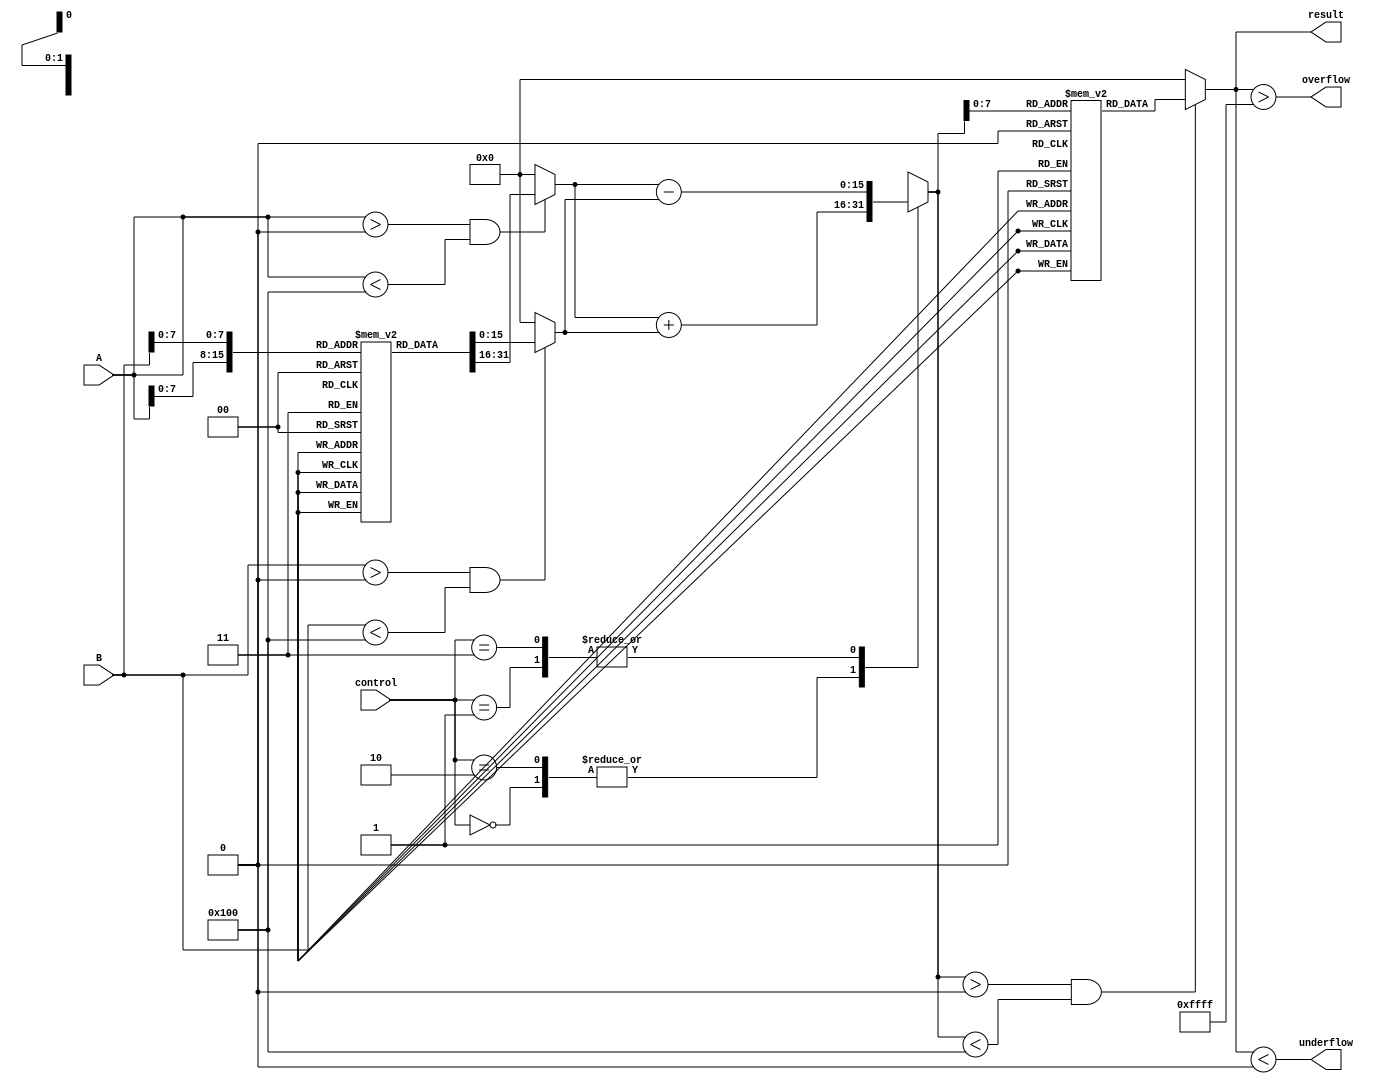
module LogarithmBasedDSPU (
    input wire [15:0] A,         // Input A (fixed-point format)
    input wire [15:0] B,         // Input B (fixed-point format)
    input wire [1:0] control,    // Control signal: 00=Mul, 01=Div, 10=Add, 11=Sub
    output reg [15:0] result,     // Output result (fixed-point format)
    output reg overflow,          // Overflow flag
    output reg underflow          // Underflow flag
);

    // Lookup Table for logarithm (base 2) and exponential
    reg [15:0] log_lut [0:255];   // Logarithm LUT
    reg [15:0] exp_lut [0:255];   // Exponential LUT

    // Initialize LUTs (example values, should be filled with actual values)
    initial begin
        // Fill log_lut with log values (base 2)
        // log_lut[i] = log2(i) * scale_factor (fixed-point representation)
        // Example initialization (this should be more comprehensive)
        log_lut[0] = 16'h0000; // log(0) is undefined
        log_lut[1] = 16'h0000; // log(1) = 0
        // ... (fill in other values)
        
        // Fill exp_lut with exp values
        // exp_lut[i] = exp2(i) * scale_factor (fixed-point representation)
        exp_lut[0] = 16'h0001; // exp(0) = 1
        // ... (fill in other values)
    end

    // Logarithm Block
    reg [15:0] logA, logB;

    always @(*) begin
        if (A > 0 && A < 256) 
            logA = log_lut[A];
        else 
            logA = 16'h0000; // Handle out of range

        if (B > 0 && B < 256) 
            logB = log_lut[B];
        else 
            logB = 16'h0000; // Handle out of range
    end

    // Arithmetic Unit
    reg [15:0] logResult;

    always @(*) begin
        case (control)
            2'b00: logResult = logA + logB; // Multiplication
            2'b01: logResult = logA - logB; // Division
            2'b10: logResult = logA + logB; // Addition (Note: this is not typical in log domain)
            2'b11: logResult = logA - logB; // Subtraction (Note: this is not typical in log domain)
            default: logResult = 16'h0000;
        endcase
    end

    // Exponential Block
    always @(*) begin
        if (logResult > 0 && logResult < 256)
            result = exp_lut[logResult];
        else
            result = 16'h0000; // Handle out of range
    end

    // Overflow and Underflow Flags
    always @(*) begin
        overflow = (result > 16'hFFFF); // Example overflow condition
        underflow = (result < 16'h0000); // Example underflow condition
    end

endmodule